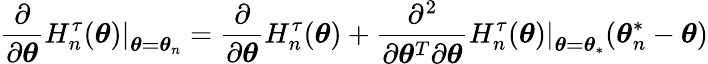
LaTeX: \frac{\partial}{\partial\boldsymbol{\theta}}\left.H_{n}^{\tau}(\boldsymbol{\theta})\right\vert_{\boldsymbol{\theta=\theta}_{n}}=\frac{\partial}{\partial\boldsymbol{\theta}}H_{n}^{\tau}(\boldsymbol{\theta})+\frac{\partial^{2}}{\partial\boldsymbol{\theta}^{T}\partial\boldsymbol{\theta}}\left.H_{n}^{\tau}(\boldsymbol{\theta})\right\vert_{\boldsymbol{\theta=\theta}_{\ast}}(\boldsymbol{\theta}_{n}^{\ast}-\boldsymbol{\theta})